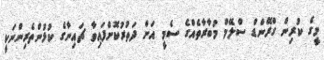
މީގެ ކުރިން ގްރޭންޑް ސްލޭމް މުބާރާތެއްގެ ސެމީ އަށް ދަތުރުކޮށްފައިވާ ޗައިނާގެ ކުޅުންތެރިންނަކީ